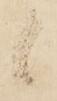
候